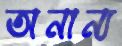
অনান্য